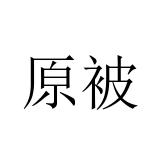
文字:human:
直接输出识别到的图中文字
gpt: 原被